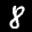
Label: 8